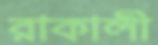
রাকালী